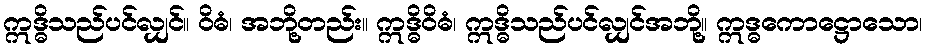
ဣဒ္ဓိသည်ပင်လျှင်။ ဝိဓံ၊ အဘို့တည်း။ ဣဒ္ဓိဝိဓံ၊ ဣဒ္ဓိသည်ပင်လျှင်အဘို့။ ဣဒ္ဓကောဋ္ဌောသော၊